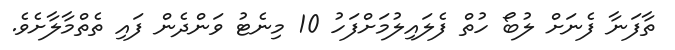
ތާފަނާ ފެނަށް ލުބޯ ހުތް ފެލައިލުމަށްފަހު 10 މިނެޓު ވަންދެން ފައި ތެތްމާލާށެވެ.